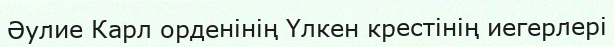
Әулие Карл орденінің Үлкен крестінің иегерлері